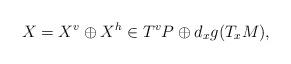
LaTeX: \begin{align*}X = X^v \oplus X^h \in T^v P \oplus d_xg(T_xM),\end{align*}